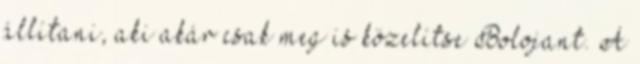
állítani, aki akár csak meg is közelítse Bolojant. A